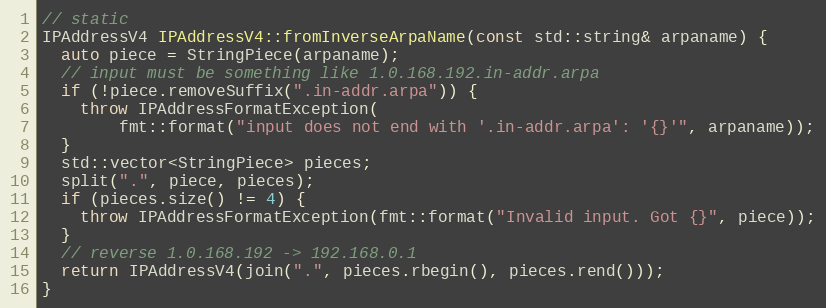
Language: C++
// static
IPAddressV4 IPAddressV4::fromInverseArpaName(const std::string& arpaname) {
  auto piece = StringPiece(arpaname);
  // input must be something like 1.0.168.192.in-addr.arpa
  if (!piece.removeSuffix(".in-addr.arpa")) {
    throw IPAddressFormatException(
        fmt::format("input does not end with '.in-addr.arpa': '{}'", arpaname));
  }
  std::vector<StringPiece> pieces;
  split(".", piece, pieces);
  if (pieces.size() != 4) {
    throw IPAddressFormatException(fmt::format("Invalid input. Got {}", piece));
  }
  // reverse 1.0.168.192 -> 192.168.0.1
  return IPAddressV4(join(".", pieces.rbegin(), pieces.rend()));
}